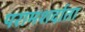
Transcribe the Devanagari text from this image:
परामशर्दाता